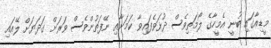
މީޑިއާގައި ބުނީ އެމީހާގެ ލޯމަތިވެސް ދުޅަވެފައިވާ ކަމަށާއި ނޭފަތުންވެސް ވަރަށް ގަދަޔަށް ލޭއައި